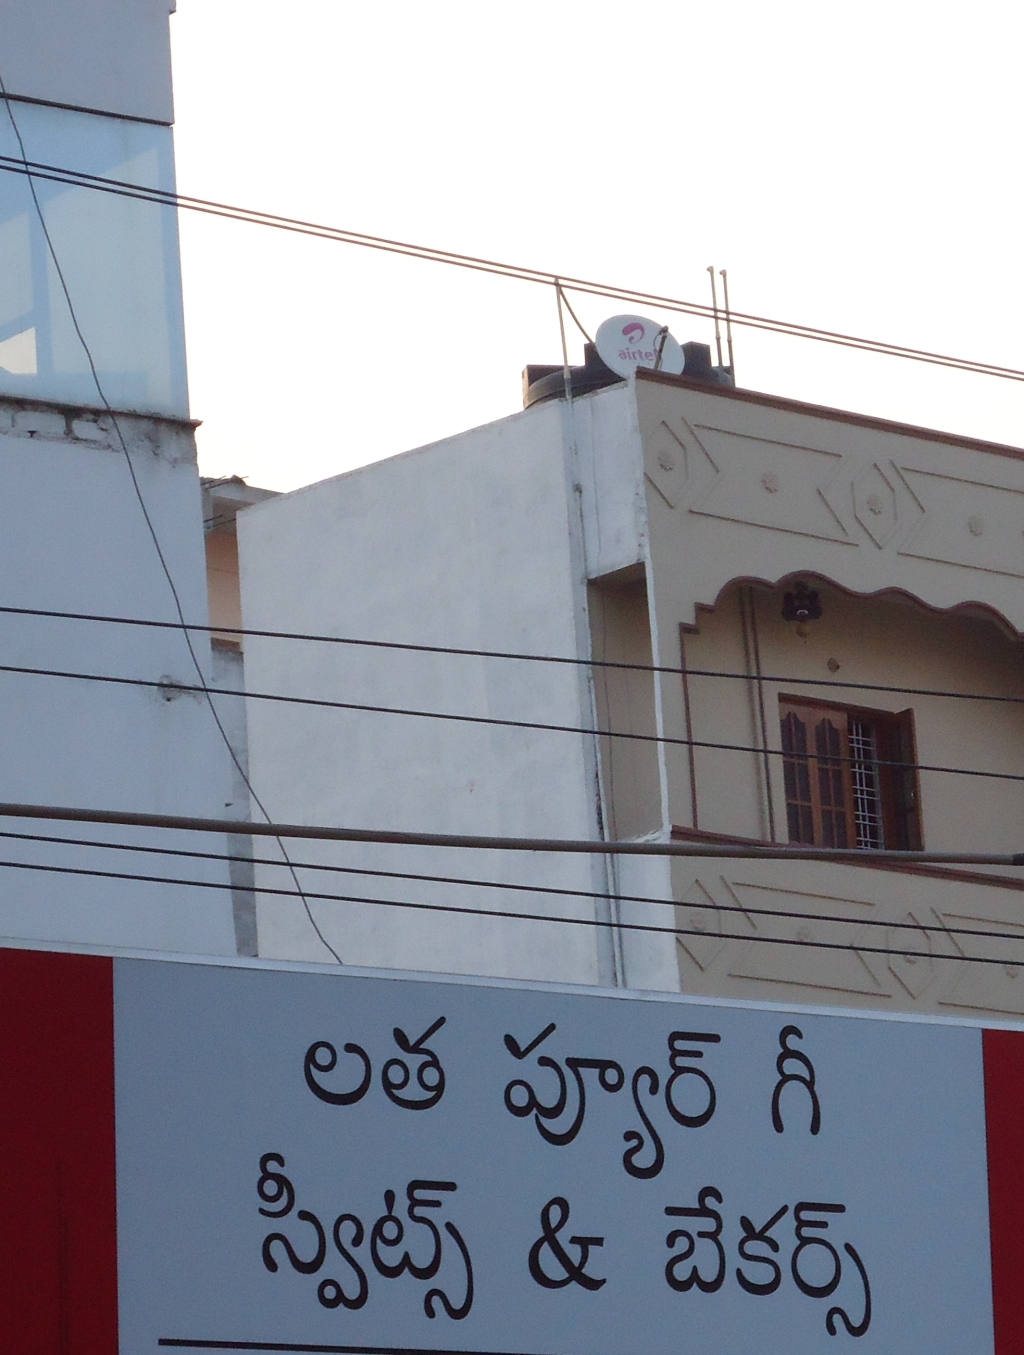
Language: telugu
Transcription: లత గీ స్వీట్స్ బేకర్స్ ప్యూర్